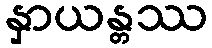
နှာယန္တဿ